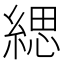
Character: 緦